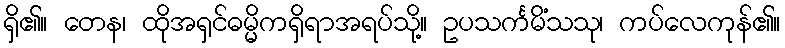
ရှိ၏။ တေန၊ ထိုအရှင်ဓမ္မိကရှိရာအရပ်သို့။ ဥပသင်္ကမိံသသု၊ ကပ်လေကုန်၏။